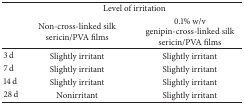
<table><thead><tr><td rowspan="2"><b> </b></td><td colspan="2"><b>Level of irritation</b></td></tr><tr><td><b>Non-cross-linked silk sericin/PVA films</b></td><td><b>0.1% w/v genipin-cross-linked silk sericin/PVA films</b></td></tr></thead><tbody><tr><td>3 d</td><td>Slightly irritant</td><td>Slightly irritant</td></tr><tr><td>7 d</td><td>Slightly irritant</td><td>Slightly irritant</td></tr><tr><td>14 d</td><td>Slightly irritant</td><td>Slightly irritant</td></tr><tr><td>28 d</td><td>Nonirritant</td><td>Slightly irritant</td></tr></tbody></table>